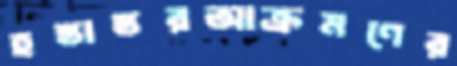
হস্তাস্তরআক্রমণের